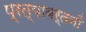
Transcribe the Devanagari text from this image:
प्रत्यावर्तनों